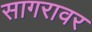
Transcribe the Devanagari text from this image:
सागरावर